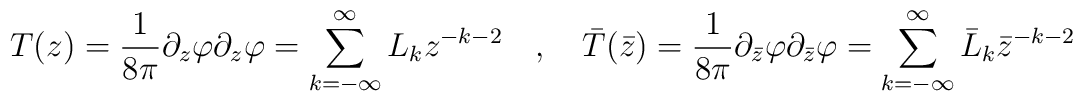
T(z)=\frac{1}{8\pi }\partial _{z}\varphi \partial _{z}\varphi =\sum ^{\infty }_{k=-\infty }L_{k}z^{-k-2}\quad ,\quad \bar{T}(\bar{z})=\frac{1}{8\pi }\partial _{\bar{z}}\varphi \partial _{\bar{z}}\varphi =\sum ^{\infty }_{k=-\infty }\bar{L}_{k}\bar{z}^{-k-2}